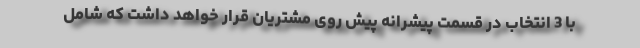
با 3 انتخاب در قسمت پیشرانه پیش روی مشتریان قرار خواهد داشت که شامل